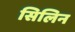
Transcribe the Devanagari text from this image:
सिलिन